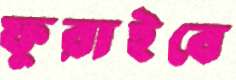
ফুরাইবে